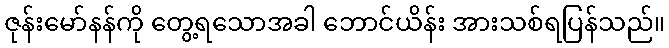
ဇုန်းမော်နန်ကို တွေ့ရသောအခါ ဘောင်ယိန်း အားသစ်ရပြန်သည်။